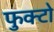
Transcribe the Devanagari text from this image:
फुक्टो